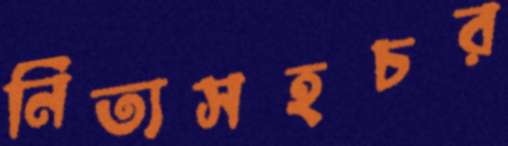
নিত্যসহচর